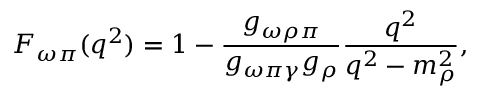
F _ { \omega \pi } ( q ^ { 2 } ) = 1 - \frac { g _ { \omega \rho \pi } } { g _ { \omega \pi \gamma } g _ { \rho } } \frac { q ^ { 2 } } { q ^ { 2 } - m _ { \rho } ^ { 2 } } ,